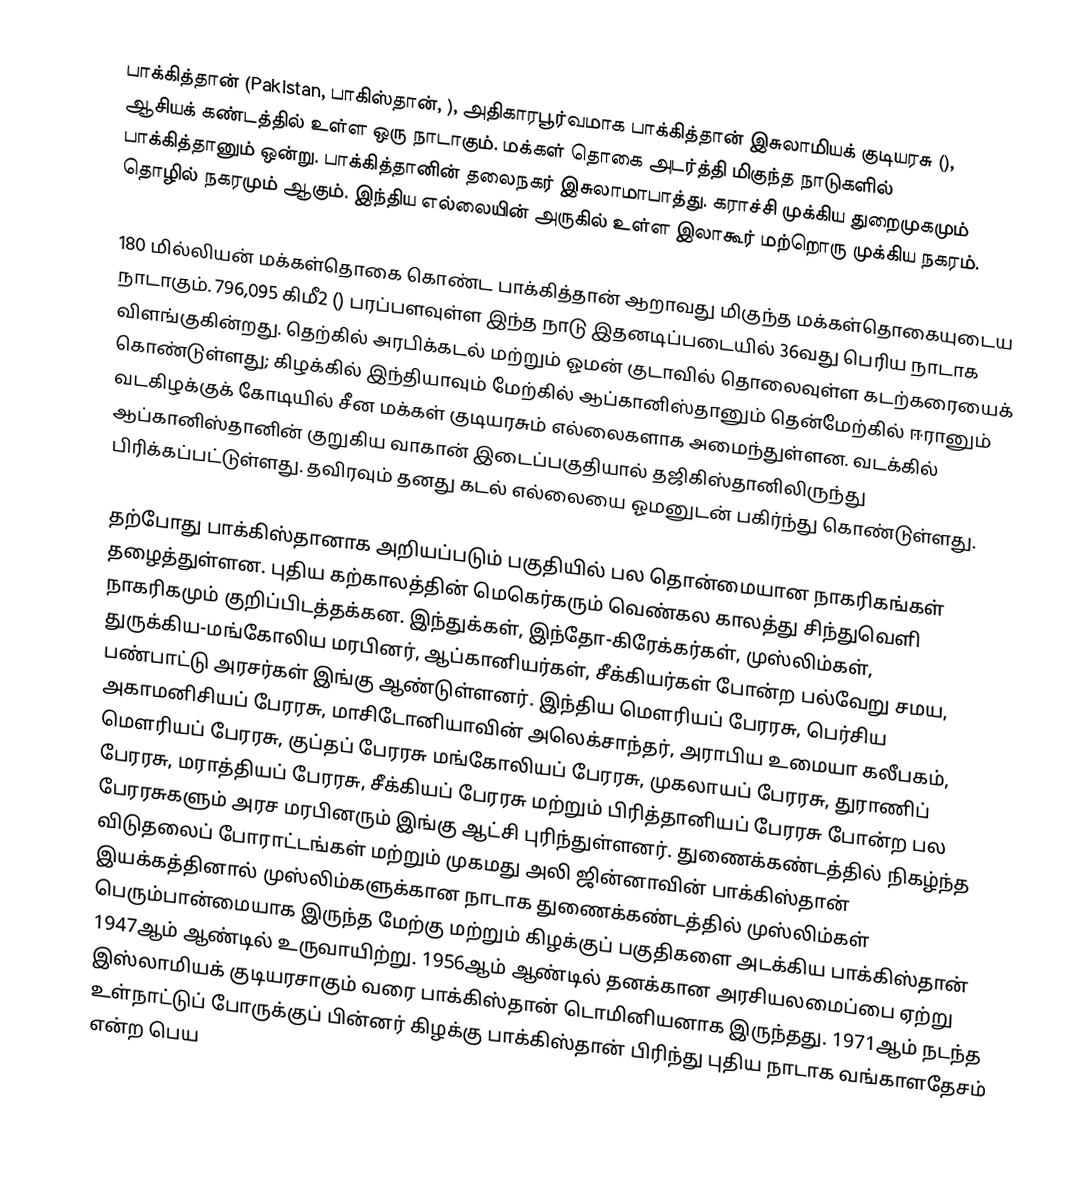
பாக்கித்தான் (Pakistan, பாகிஸ்தான், ), அதிகாரபூர்வமாக பாக்கித்தான் இசுலாமியக் குடியரசு (), ஆசியக் கண்டத்தில் உள்ள ஒரு நாடாகும். மக்கள் தொகை அடர்த்தி மிகுந்த நாடுகளில் பாக்கித்தானும் ஒன்று. பாக்கித்தானின் தலைநகர் இசுலாமாபாத்து. கராச்சி முக்கிய துறைமுகமும் தொழில் நகரமும் ஆகும். இந்திய எல்லையின் அருகில் உள்ள இலாகூர் மற்றொரு முக்கிய நகரம்.

180 மில்லியன் மக்கள்தொகை கொண்ட பாக்கித்தான் ஆறாவது மிகுந்த மக்கள்தொகையுடைய நாடாகும். 796,095 கிமீ2 () பரப்பளவுள்ள இந்த நாடு இதனடிப்படையில்  36வது பெரிய நாடாக விளங்குகின்றது. தெற்கில் அரபிக்கடல் மற்றும் ஓமன் குடாவில்  தொலைவுள்ள கடற்கரையைக் கொண்டுள்ளது; கிழக்கில் இந்தியாவும் மேற்கில் ஆப்கானிஸ்தானும் தென்மேற்கில் ஈரானும் வடகிழக்குக் கோடியில் சீன மக்கள் குடியரசும் எல்லைகளாக அமைந்துள்ளன. வடக்கில் ஆப்கானிஸ்தானின் குறுகிய வாகான்  இடைப்பகுதியால்  தஜிகிஸ்தானிலிருந்து பிரிக்கப்பட்டுள்ளது. தவிரவும் தனது கடல் எல்லையை ஓமனுடன் பகிர்ந்து கொண்டுள்ளது.

தற்போது பாக்கிஸ்தானாக அறியப்படும் பகுதியில் பல தொன்மையான நாகரிகங்கள் தழைத்துள்ளன. புதிய கற்காலத்தின் மெகெர்கரும் வெண்கல காலத்து  சிந்துவெளி நாகரிகமும் குறிப்பிடத்தக்கன. இந்துக்கள், இந்தோ-கிரேக்கர்கள், முஸ்லிம்கள், துருக்கிய-மங்கோலிய மரபினர், ஆப்கானியர்கள், சீக்கியர்கள் போன்ற பல்வேறு சமய, பண்பாட்டு அரசர்கள் இங்கு ஆண்டுள்ளனர். இந்திய மௌரியப் பேரரசு, பெர்சிய அகாமனிசியப் பேரரசு, மாசிடோனியாவின் அலெக்சாந்தர், அராபிய உமையா கலீபகம், மௌரியப் பேரரசு, குப்தப் பேரரசு மங்கோலியப் பேரரசு, முகலாயப் பேரரசு, துராணிப் பேரரசு, மராத்தியப் பேரரசு, சீக்கியப் பேரரசு மற்றும் பிரித்தானியப் பேரரசு போன்ற பல பேரரசுகளும் அரச மரபினரும் இங்கு ஆட்சி புரிந்துள்ளனர். துணைக்கண்டத்தில் நிகழ்ந்த விடுதலைப் போராட்டங்கள் மற்றும் முகமது அலி ஜின்னாவின் பாக்கிஸ்தான் இயக்கத்தினால் முஸ்லிம்களுக்கான நாடாக துணைக்கண்டத்தில் முஸ்லிம்கள் பெரும்பான்மையாக இருந்த மேற்கு மற்றும் கிழக்குப் பகுதிகளை அடக்கிய பாக்கிஸ்தான் 1947ஆம் ஆண்டில் உருவாயிற்று. 1956ஆம் ஆண்டில் தனக்கான அரசியலமைப்பை ஏற்று இஸ்லாமியக் குடியரசாகும் வரை பாக்கிஸ்தான் டொமினியனாக இருந்தது. 1971ஆம் நடந்த உள்நாட்டுப் போருக்குப் பின்னர் கிழக்கு பாக்கிஸ்தான் பிரிந்து புதிய நாடாக வங்காளதேசம் என்ற பெய